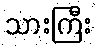
သားကြီး